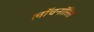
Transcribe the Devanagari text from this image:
लॉचनॉरिस